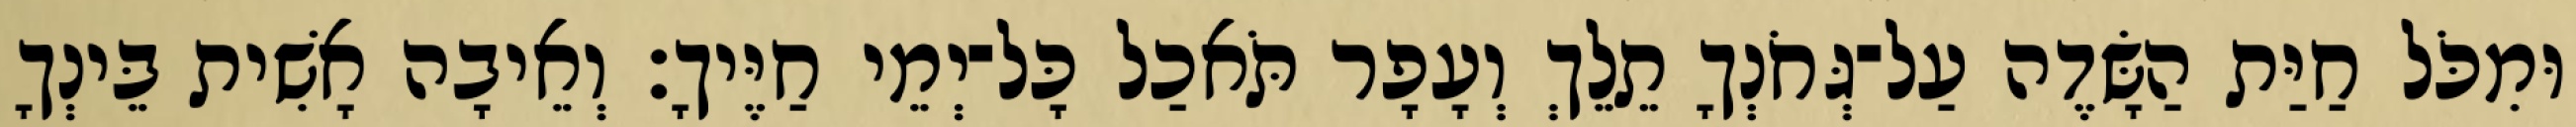
וּמִכֹּל חַיַּת הַשָּׂדֶה עַל־גְּחֹנְךָ תֵלֵךְ וְעָפָר תֹּאכַל כָּל־יְמֵי חַיֶּיךָ׃ וְאֵיבָה אָשִׁית בֵּינְךָ